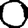
Digit: 0